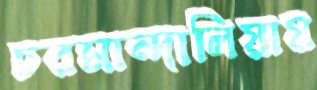
চরমান্দালিয়ায়